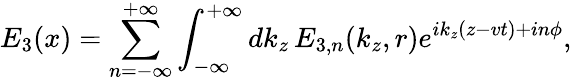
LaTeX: E_{3}(x)=\sum_{n=-\infty}^{+\infty}\int_{-\infty}^{+\infty}dk_{z}\, E_{3,n}(k_{z},r)e^{ik_{z}(z-vt)+in\phi},